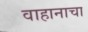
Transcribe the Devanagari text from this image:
वाहानाचा